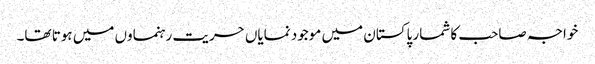
خواجہ صاحب کا شمار پاکستان میں موجود نمایاں حریت رہنماوں میں ہوتا تھا۔